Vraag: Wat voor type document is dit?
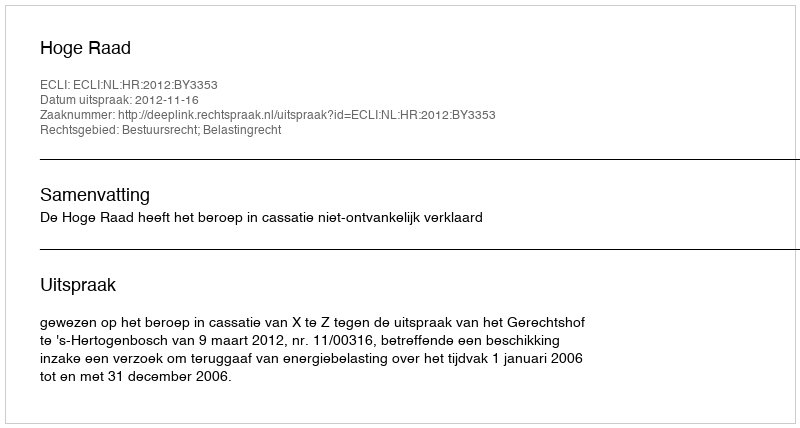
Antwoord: Uitspraak